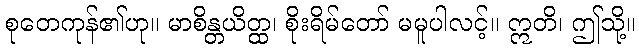
စုတေကုန်၏ဟု။ မာစိန္တယိတ္ထ၊ စိုးရိမ်တော် မမူပါလင့်။ ဣတိ၊ ဤသို့။